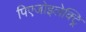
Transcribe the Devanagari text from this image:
पिएजोइलेक्ट्रि